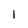
Character: 1